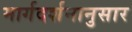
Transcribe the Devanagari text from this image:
मार्गदर्शनानुसार